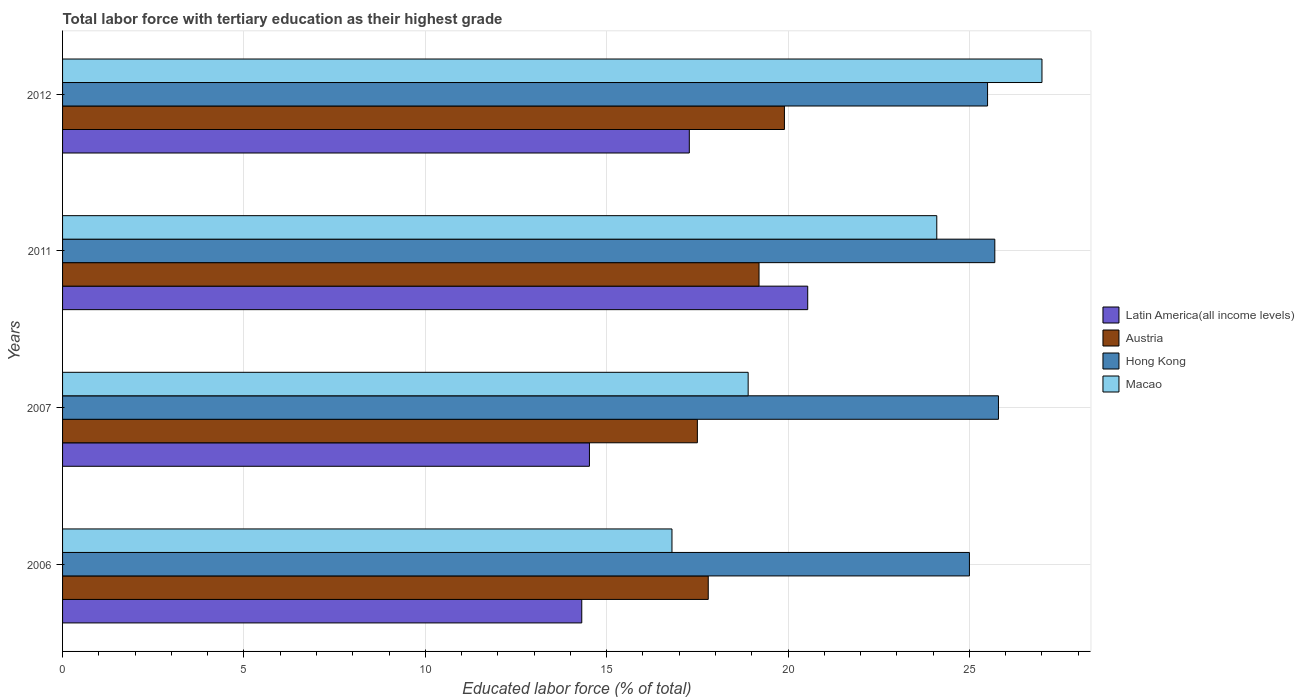
| Years | Latin America(all income levels) | Austria | Hong Kong | Macao |
 | --- | --- | --- | --- | --- |
 | 2006 | 14.3 | 17.8 | 25 | 16.8 |
 | 2007 | 14.5 | 17.5 | 25.8 | 18.9 |
 | 2011 | 20.5 | 19.2 | 25.7 | 24.1 |
 | 2012 | 17.3 | 19.9 | 25.5 | 27 |